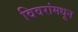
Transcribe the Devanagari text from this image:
विवरांमधून